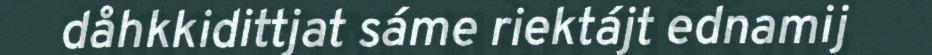
dåhkkidittjat sáme riektájt ednamij